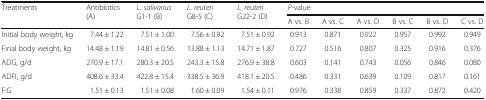
| <ROWSPAN=2> Treatments | <ROWSPAN=2> Antibiotics(A) | <ROWSPAN=2> L. salivariusG1-1 (B) | <ROWSPAN=2> L. reuteriG8-5 (C) | <ROWSPAN=2> L. reuteriG22-2 (D) | <COLSPAN=6> P-value |
 | A vs. B | A vs. C | A vs. D | B vs. C | B vs. D | C vs. D |
 | --- | --- | --- | --- | --- | --- | --- | --- | --- | --- | --- |
 | Initial body weight, kg | 7.44 ± 1.22 | 7.51 ± 1.00 | 7.56 ± 0.92 | 7.51 ± 0.92 | 0.913 | 0.871 | 0.922 | 0.957 | 0.992 | 0.949 |
 | Final body weight, kg | 14.48 ± 1.19 | 14.81 ± 0.56 | 13.88 ± 1.13 | 14.71 ± 1.87 | 0.727 | 0.516 | 0.807 | 0.325 | 0.916 | 0.376 |
 | ADG, g/d | 270.9 ± 17.1 | 280.3 ± 20.5 | 243.3 ± 15.8 | 276.9 ± 38.8 | 0.603 | 0.141 | 0.743 | 0.056 | 0.846 | 0.080 |
 | ADFI, g/d | 408.6 ± 33.4 | 422.8 ± 15.4 | 338.5 ± 36.9 | 418.1 ± 20.5 | 0.486 | 0.331 | 0.639 | 0.109 | 0.817 | 0.161 |
 | F:G | 1.51 ± 0.13 | 1.51 ± 0.08 | 1.60 ± 0.09 | 1.54 ± 0.11 | 0.976 | 0.338 | 0.859 | 0.337 | 0.872 | 0.420 |